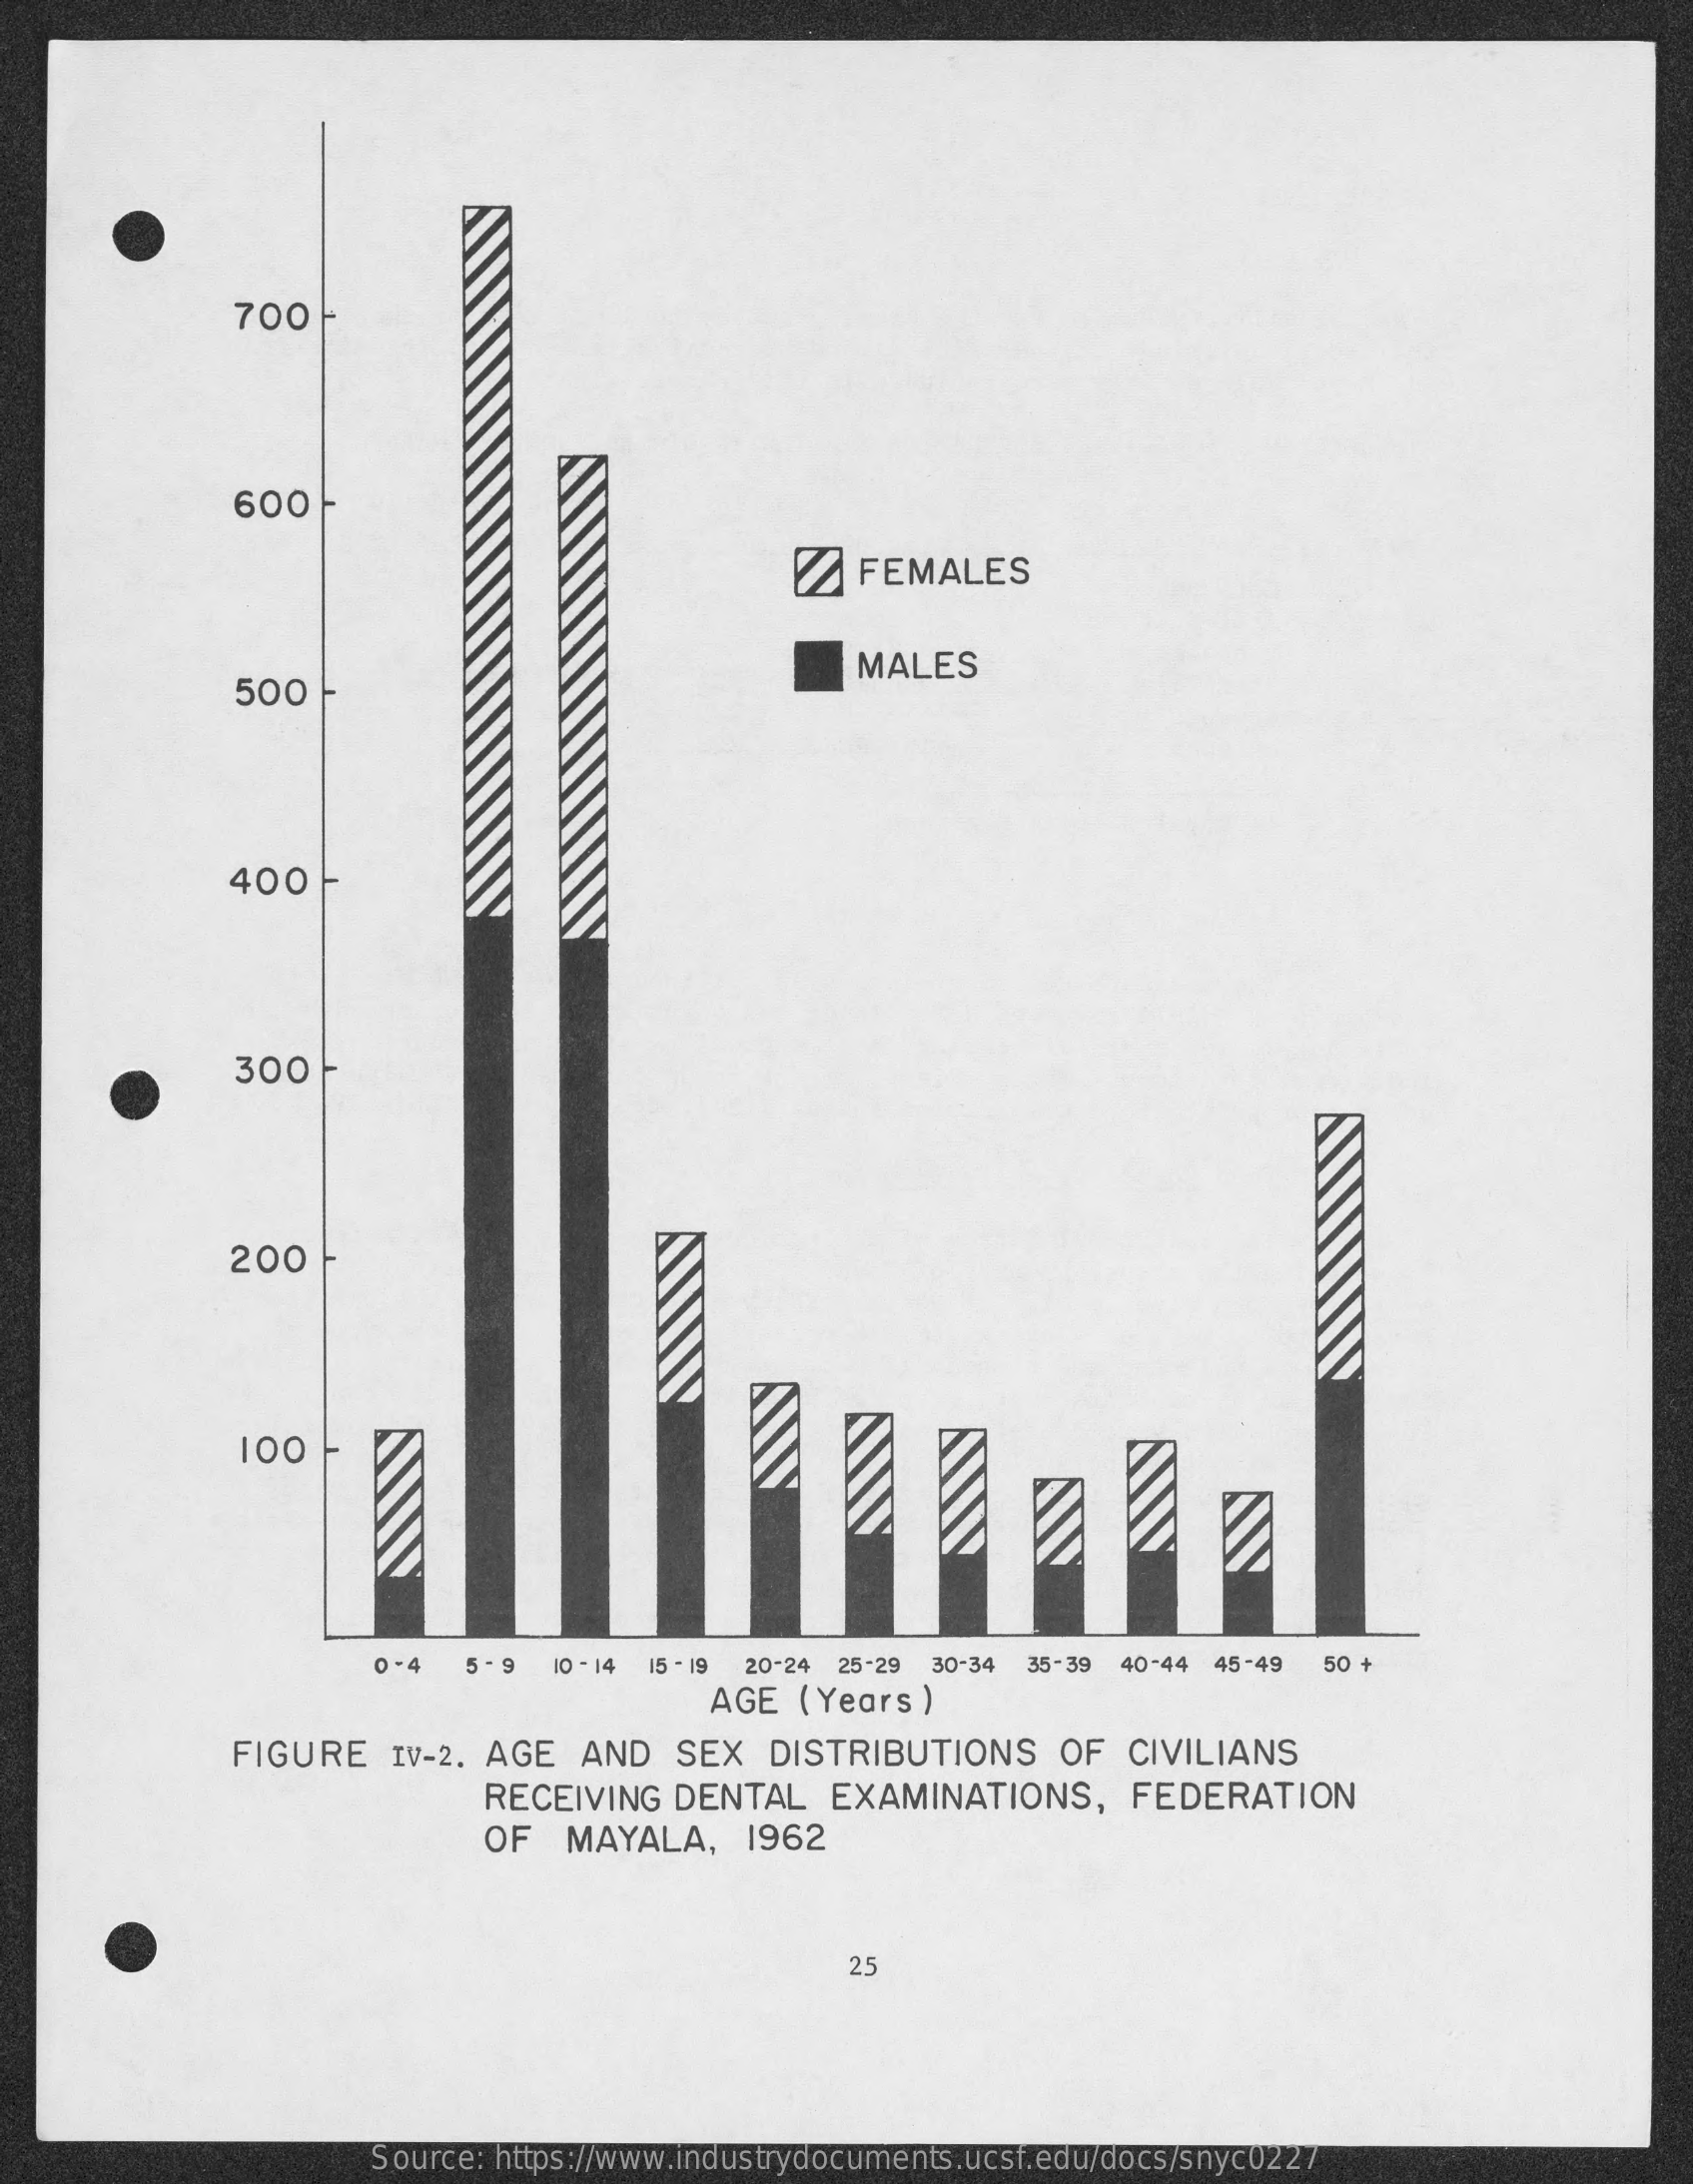
700
     600
     FEMALES
     500
     MALES
     400
     300
     200
     100
     0 - 4 5 - 9 10 - 14 15 - 19 20-24 25-29 30-34 35-39 40-44 45-49 50 +
     AGE   (Years )
     FIGURE   IV-2. AGE   AND   SEX   DISTRIBUTIONS    OF  CIVILIANS
     RECEIVING   DENTAL   EXAMINATIONS,    FEDERATION
     OF   MAYALA,    1962
     25
     Source: https://www.industrydocuments.ucsf.edu/docs/snyc0227